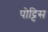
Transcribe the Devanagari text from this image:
पोट्टिस